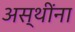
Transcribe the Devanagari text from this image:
अस्थींना